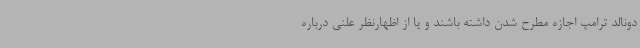
دونالد ترامپ اجازه مطرح شدن داشته باشند و یا از اظهارنظر علنی درباره